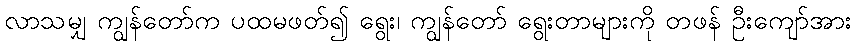
လာသမျှ ကျွန်တော်က ပထမဖတ်၍ ရွေး၊ ကျွန်တော် ရွေးတာများကို တဖန် ဦးကျော်အား